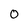
Character: O